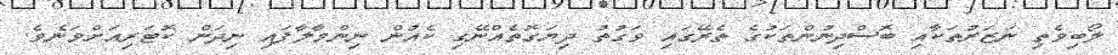
ލޯބިވެތި ނަޒަރުތަކާއި ބޮސްދިނުންތަކުގެ ތެރޭގައި ވަގުތު ދިޔަގޮތެއްނޭގި ކެއުން ނިންމާލާފައި ނިދަން ކޮޓަރިއަށްވަނެވެ.